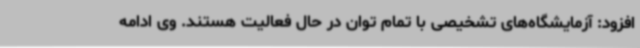
افزود: آزمایشگاه‌های تشخیصی با تمام توان در حال فعالیت هستند. وی ادامه